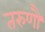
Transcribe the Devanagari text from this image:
तरुणौ